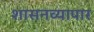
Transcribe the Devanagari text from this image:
शासनव्यापार